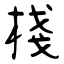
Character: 棧